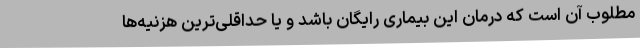
مطلوب آن است که درمان این بیماری رایگان باشد و یا حداقلی‌ترین هزنیه‌ها